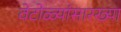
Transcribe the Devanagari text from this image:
वेटोळ्यांसारख्या